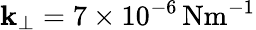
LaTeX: \mathbf{k}_{\perp}=7\times10^{-6}\, \mathrm{{{Nm^{-1}}}}